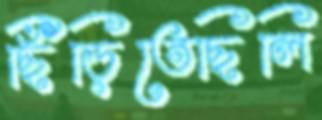
ছিঁড়িতেছিলি